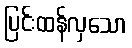
ပြင်းထန်လှသော